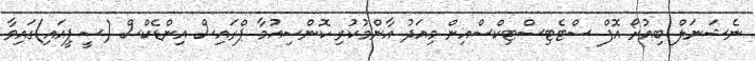
ނެޝަނަލް ބިއުރޯ އޮފް ސްޓެޓިސްޓިކްސްއިން މިއަދު އާންމުކުރި ކޮންސިއުމާ ޕްރައިސް އިންޑެކްސް (ސީޕީއައި)ގައިވާ